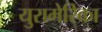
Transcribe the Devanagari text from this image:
युरामेरिका